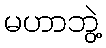
မဟာဘွဲ့